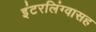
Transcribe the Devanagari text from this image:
इंटरलिंग्वासह